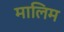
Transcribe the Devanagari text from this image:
मालिम